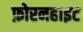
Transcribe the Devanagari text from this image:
फ़ोरनहाइट